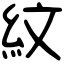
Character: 紋